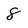
Character: 8